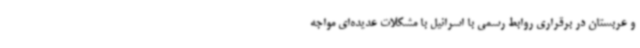
و عربستان در برقراری روابط رسمی با اسرائیل با مشکلات عدیده‌ای مواجه